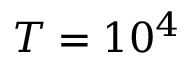
T = 1 0 ^ { 4 }